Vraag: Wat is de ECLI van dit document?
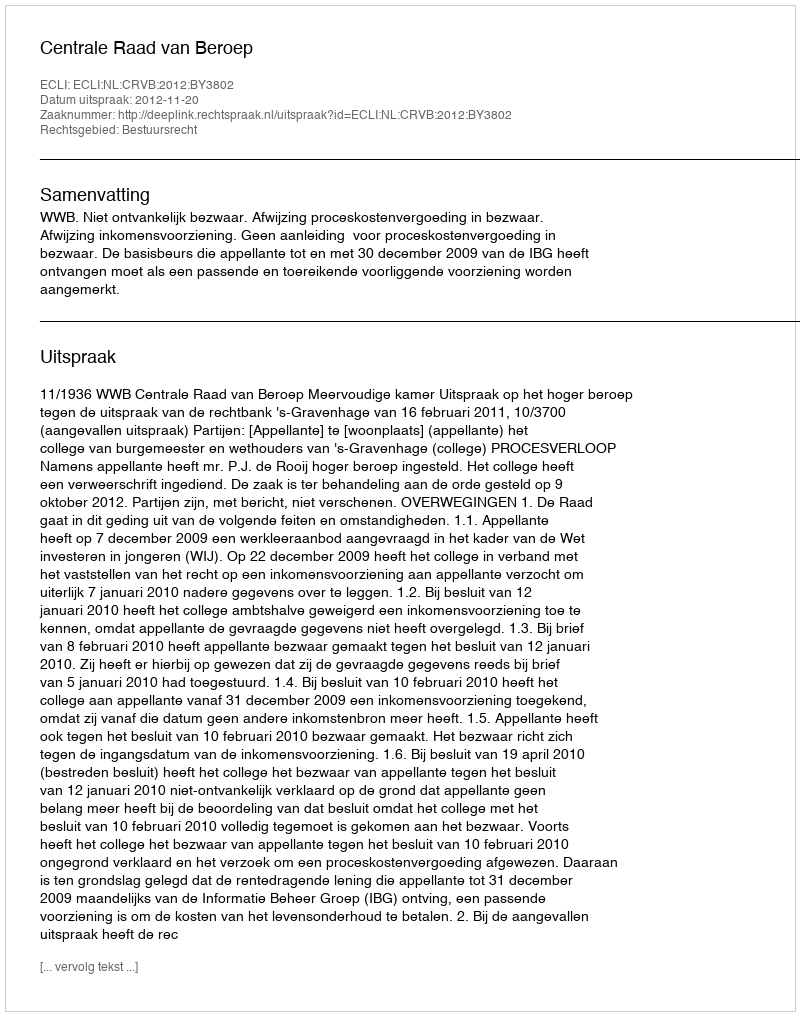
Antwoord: ECLI:NL:CRVB:2012:BY3802